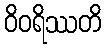
ဝိဝရိဿတိ